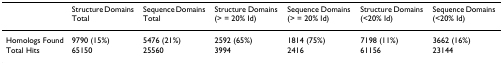
|  | Structure Domains Total | Sequence Domains Total | Structure Domains (> = 20% Id) | Sequence Domains (> = 20% Id) | Structure Domains (<20% Id) | Sequence Domains (<20% Id) |
 | --- | --- | --- | --- | --- | --- | --- |
 | Homologs Found | 9790 (15%) | 5476 (21%) | 2592 (65%) | 1814 (75%) | 7198 (11%) | 3662 (16%) |
 | Total Hits | 65150 | 25560 | 3994 | 2416 | 61156 | 23144 |